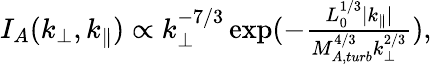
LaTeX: \begin{array}{r}{I_{A}(k_{\perp},k_{\parallel})\propto k_{\perp}^{-7/3}\exp(-\frac{L_{0}^{1/3}|k_{\parallel}|}{M_{A,turb}^{4/3}k_{\perp}^{2/3}}),}\end{array}